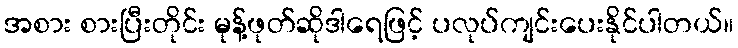
အစား စားပြီးတိုင်း မုန့်ဖုတ်ဆိုဒါရေဖြင့် ပလုပ်ကျင်းပေးနိုင်ပါတယ်။